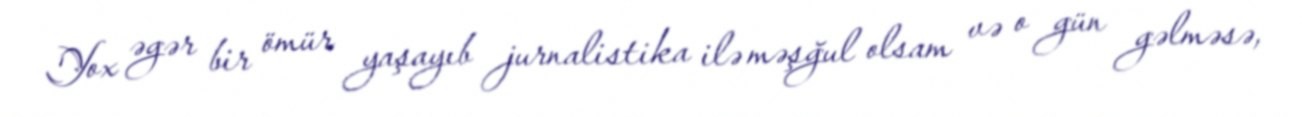
Yox əgər bir ömür yaşayıb jurnalistika ilə məşğul olsam və o gün gəlməsə,